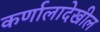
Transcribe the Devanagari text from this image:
कर्णालादेखील